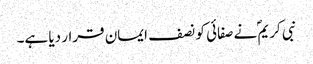
نبی کریمؐ نے صفائی کو نصف ایمان قرار دیا ہے۔